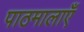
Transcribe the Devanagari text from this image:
पाठमालाएँ